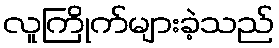
လူကြိုက်များခဲ့သည်